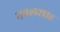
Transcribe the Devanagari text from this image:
नवलशाह